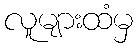
လူများထံမှ